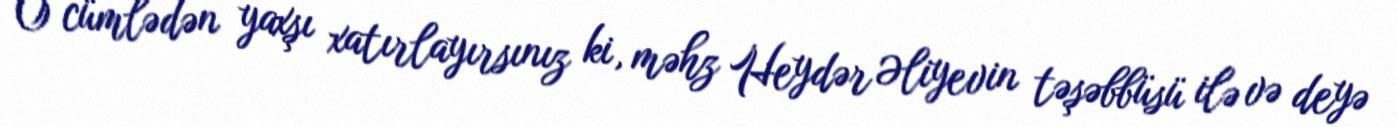
O cümlədən yaxşı xatırlayırsınız ki, məhz Heydər Əliyevin təşəbbüsü ilə və deyə